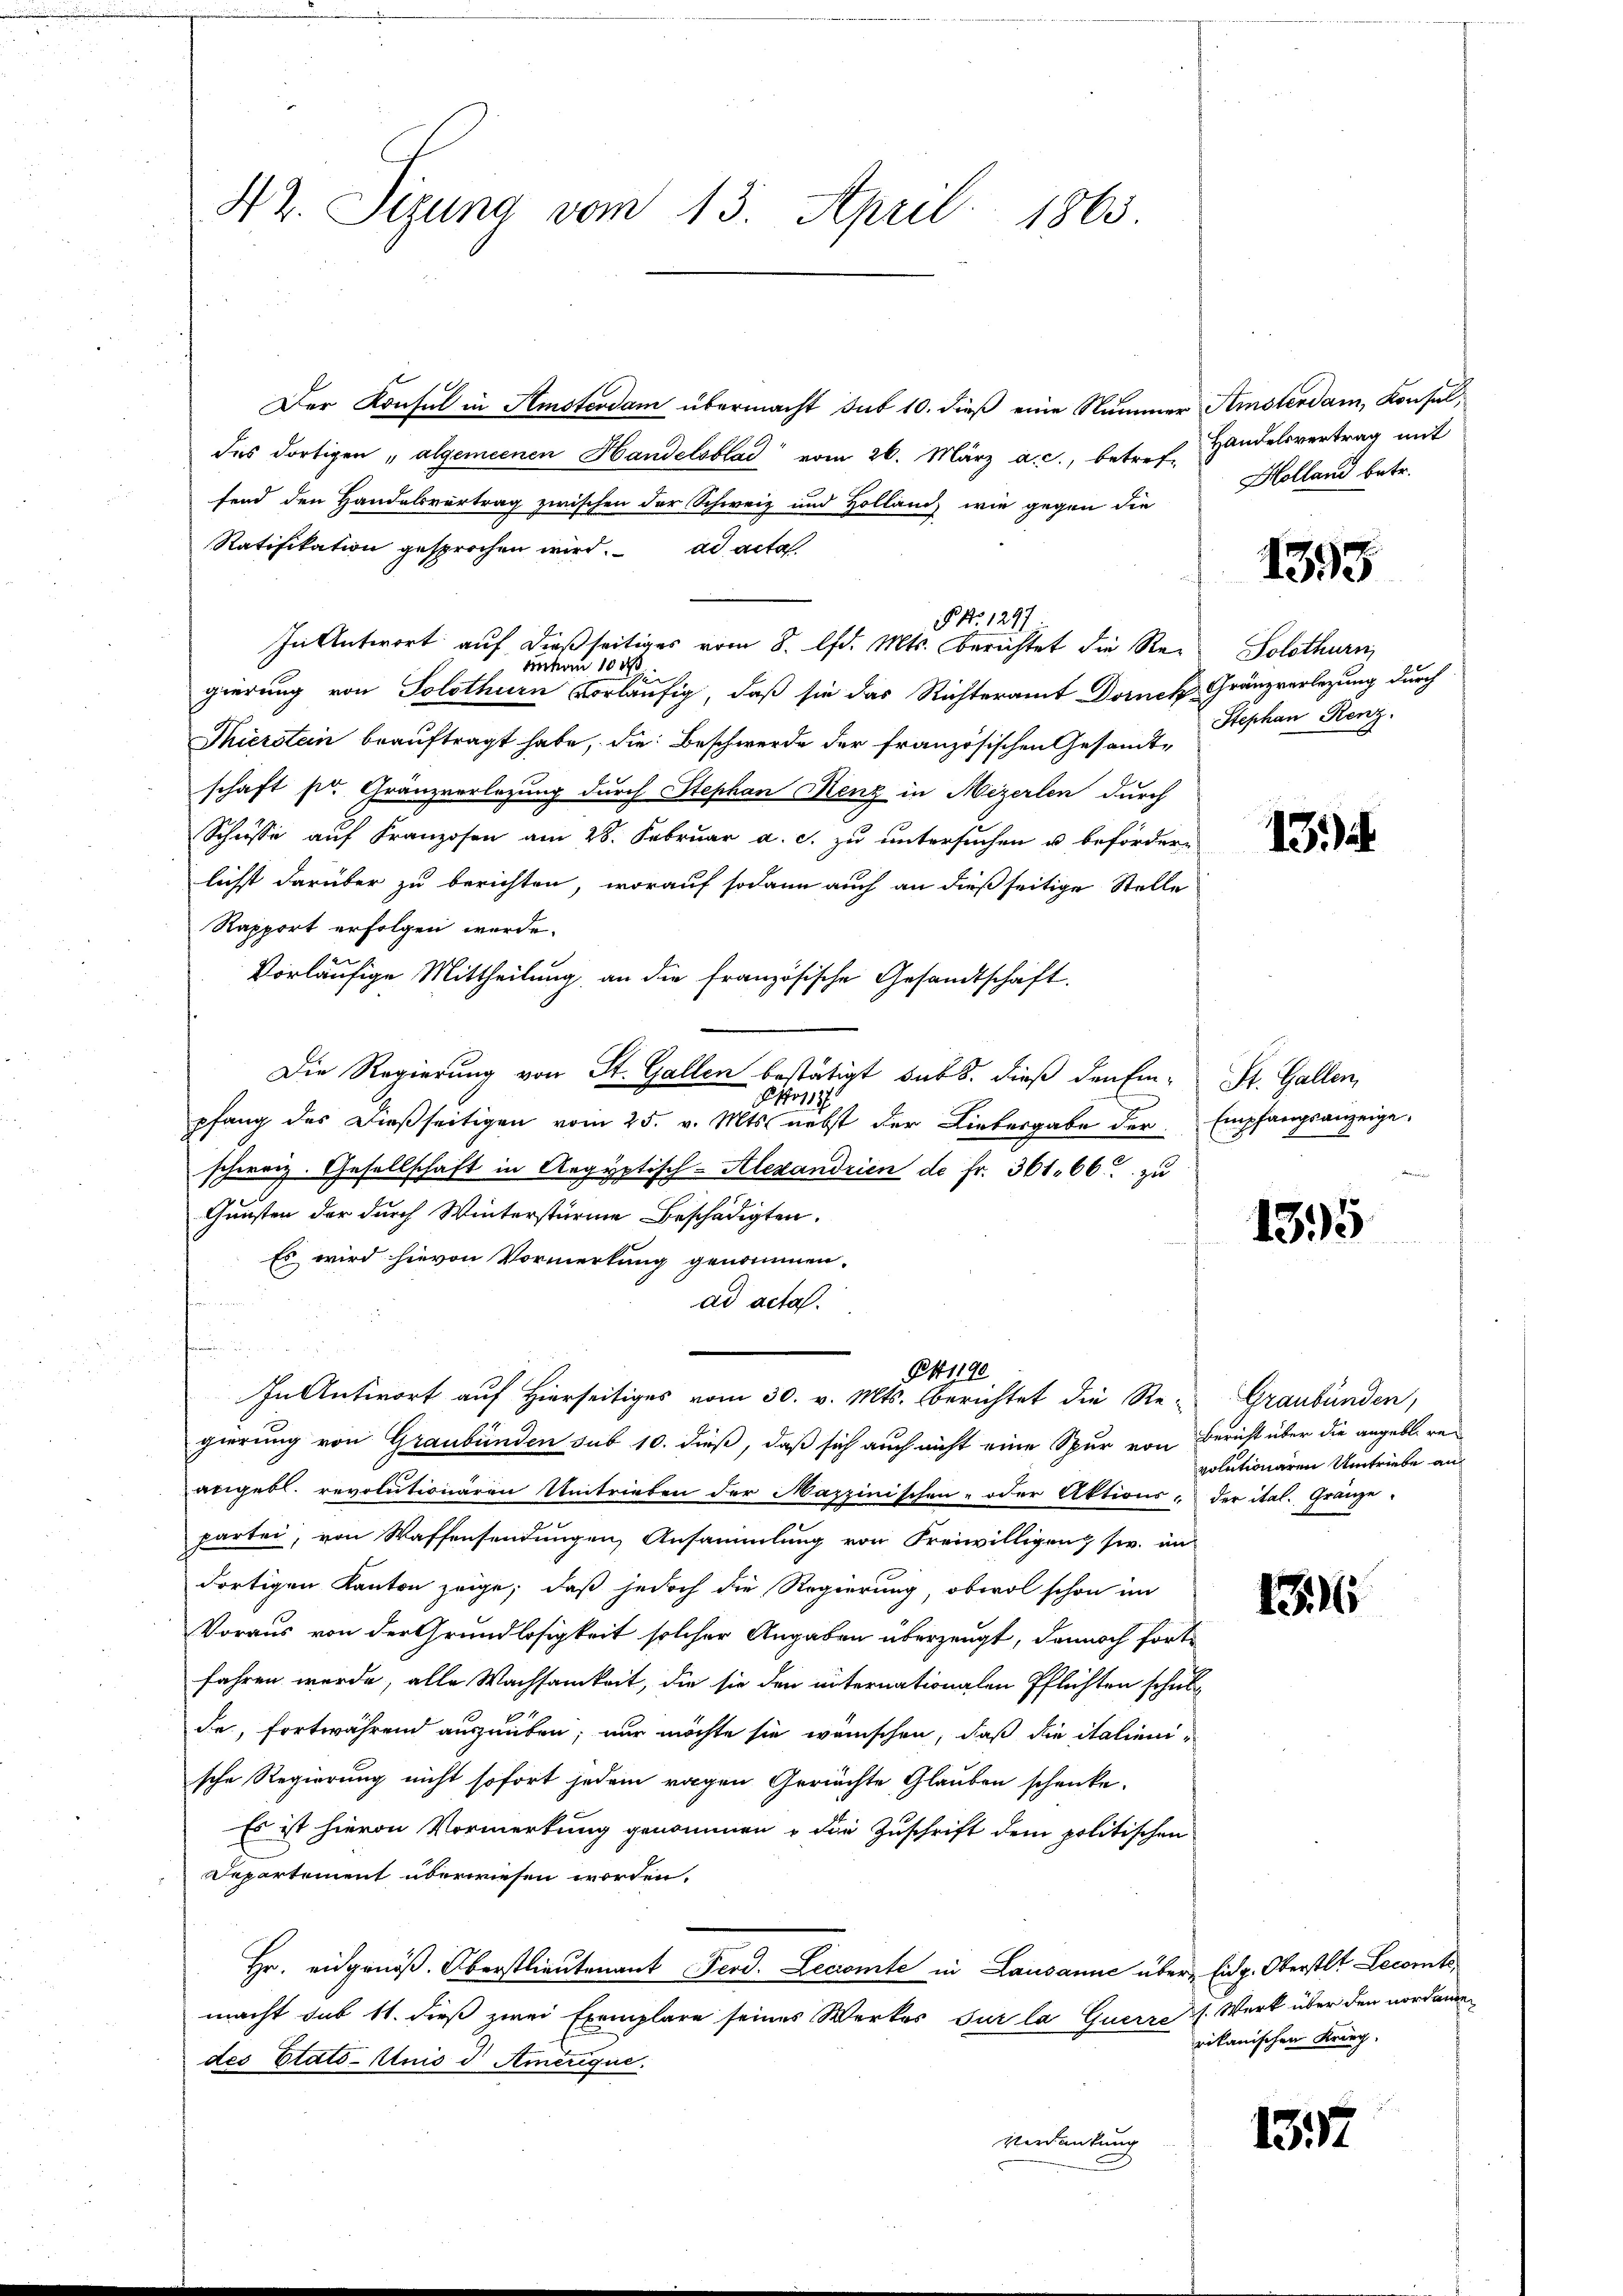
42. Sizung vom 13. April 1863.

Der Konsul in Amsterdam übermacht sub 10. dieß eine Nummer Amsterdam, Konsuldes dortigen „algemeinen Handelsbad vom 26. März a. c., betref. Handelsvertrag mit
fend den Handelsvertrag zwischen der Schweiz und Holland wie gegen die
Ratifikation gesprochen wird. ad acta
N. N. 1297.
In Antwort auf dießseitiges vom 8. d. Mts. berichtet die Rean 10 x
gierung von Solothurn vorläufig, daß sie das Richteramt Dornek Gränzverlegung durch
Thierstein beauftragt habe, die Beschwerde der französischen Gesandtschaft pr. Gränzverlegung durch Stephan Kenz in Mezerlen durch
Schnisse auf Franzosen am 28. Februar a. c. zu untersuchen u befördern
lichst darüber zu berichten, worauf sodann auch an dießseitige Stelle
Rapport erfolgen werde.
vorläufige Mittheilung an die französische Gesandtschaft.
Die Regierung von St. Gallen bestätigt sub. dieß den Ein-
No1187
pfang des dießseitigen vom 25. v. Mts. nebst der Liebergabe der
schweiz. Gesellschaft in Aegyptisch-Alexandrien de fr. 361. 66. zu
Gunsten der durch Winterstürme Beschädigten.
Es wird hievon Vormerkung genommen.
ad acta.
e
Pkige
In Antwort auf Hierseitiges vom 30. v. Mts. berichtet die Re-
gierung von Graubünden sub 10. dieß, daß sich auch nicht eine Spur von Bericht über die angebt. re
angebl. revolutionären Umtrieben der Mazzinischen- oder Aktions-
partei, von Waffensendungen, Ansammlung von Freiwilligen sie im
dortigen Kanton zeige, daß jedoch die Regierung, obwol schon im
Voraus von der Grundlosigkeit solcher Angaben überzeugt, dennoch fortfahren wurde, alle Wachsamkeit, die sie den unternationalen Pflichten schulde, fortwährend auszuüben; nur möchte sie wünschen, daß die italienische Regierung nicht sofort jedem ragen Gerichte Glauben schenke.
Es ist hievon Vormerkung genommen u die Zuschrift dem politischen
Departement überwiesen worden.
Hr. eidgenöß. Oberstlieutenant Ferd. Lecromte in Lausanne über
macht sub 11. dieß zwei Exemplare seines Werkes sur la querz. Werk über den nordame
des Etats-Anis d Amerique.
Verdankung

Holland betr.

1395

Solothurn
Stephan Renz.

13.

St. Gallen,
Empfangsanzeige,
Bemer

1395

Graubünden,
volutionaren Umtriebe an
der ital. Gränze.

1

Eidg. Oberstlt Lecomts,
rikanischen Krieg.

137